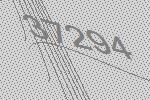
37294